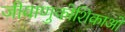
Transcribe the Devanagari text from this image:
जीवाणुकोशिकाओं